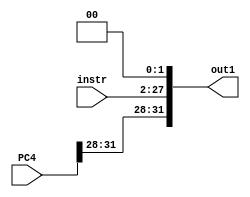
// EECE3324 Computer Architecture
// Basic Project
// Tim Liming & Wing Tung Yuen

// Shift Left 2 module (PC Loop)
//
// The jump target address is obtained by shifting the lower 
// 26 bits of the jump instruction left 2 bits, and then 
// concatenating the upper 4 bits of PC+4 as the high-order 
// bits leading to a 32-bit address.

`timescale 1ns/1ns

module ShiftLeft2PC(instr, PC4, out1);
  
  input [25:0] instr;       // instruction [25-0]
  input [31:0] PC4;         // PC+4 bits 
  output reg [31:0] out1;   // output [31-0]
  
  always @ (instr) begin
    // add two zeros to end to shift left 2 bits,
    // then add the upper 4 bits of PC+4
    out1 = {PC4[31:28], {instr[25:0], 2'b00}}; 
  end
endmodule